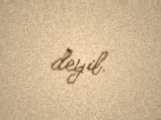
deyil.